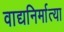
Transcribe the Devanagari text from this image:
वाद्यनिर्मात्या